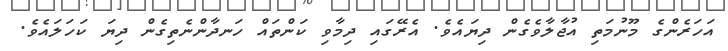
އަހަރެންގެ މޫނުމަތި އުޖާލާވެގެން ދިޔައެވެ. އެރޭގައި ދިމާވި ކަންތައް ހަނދާންނެތިގެން ދިޔަ ކަހަލައެވެ.